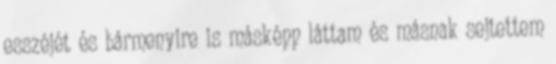
esszéjét és bármenyire is másképp láttam és másnak sejtettem